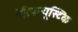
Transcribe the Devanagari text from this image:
पेरिपन्यूस्टिक